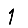
Digit: 1